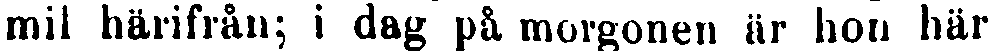
mil härifrån; i dag på morgonen är hon här